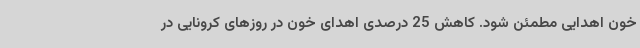
خون اهدایی مطمئن شود. کاهش 25 درصدی اهدای خون در روزهای کرونایی در